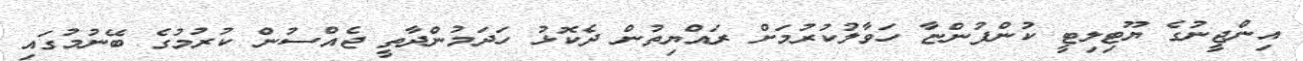
އިންޖީނުގެ ޔޫޓިލިޓީ ކުންފުންޏާ ހަވާލުކުރުމަށް ރައްޔިތުން ދެކޮޅު ހަދަމުންދާތީ ޖެއްސުން ކުރުމުގެ ބޭނުމުގައި